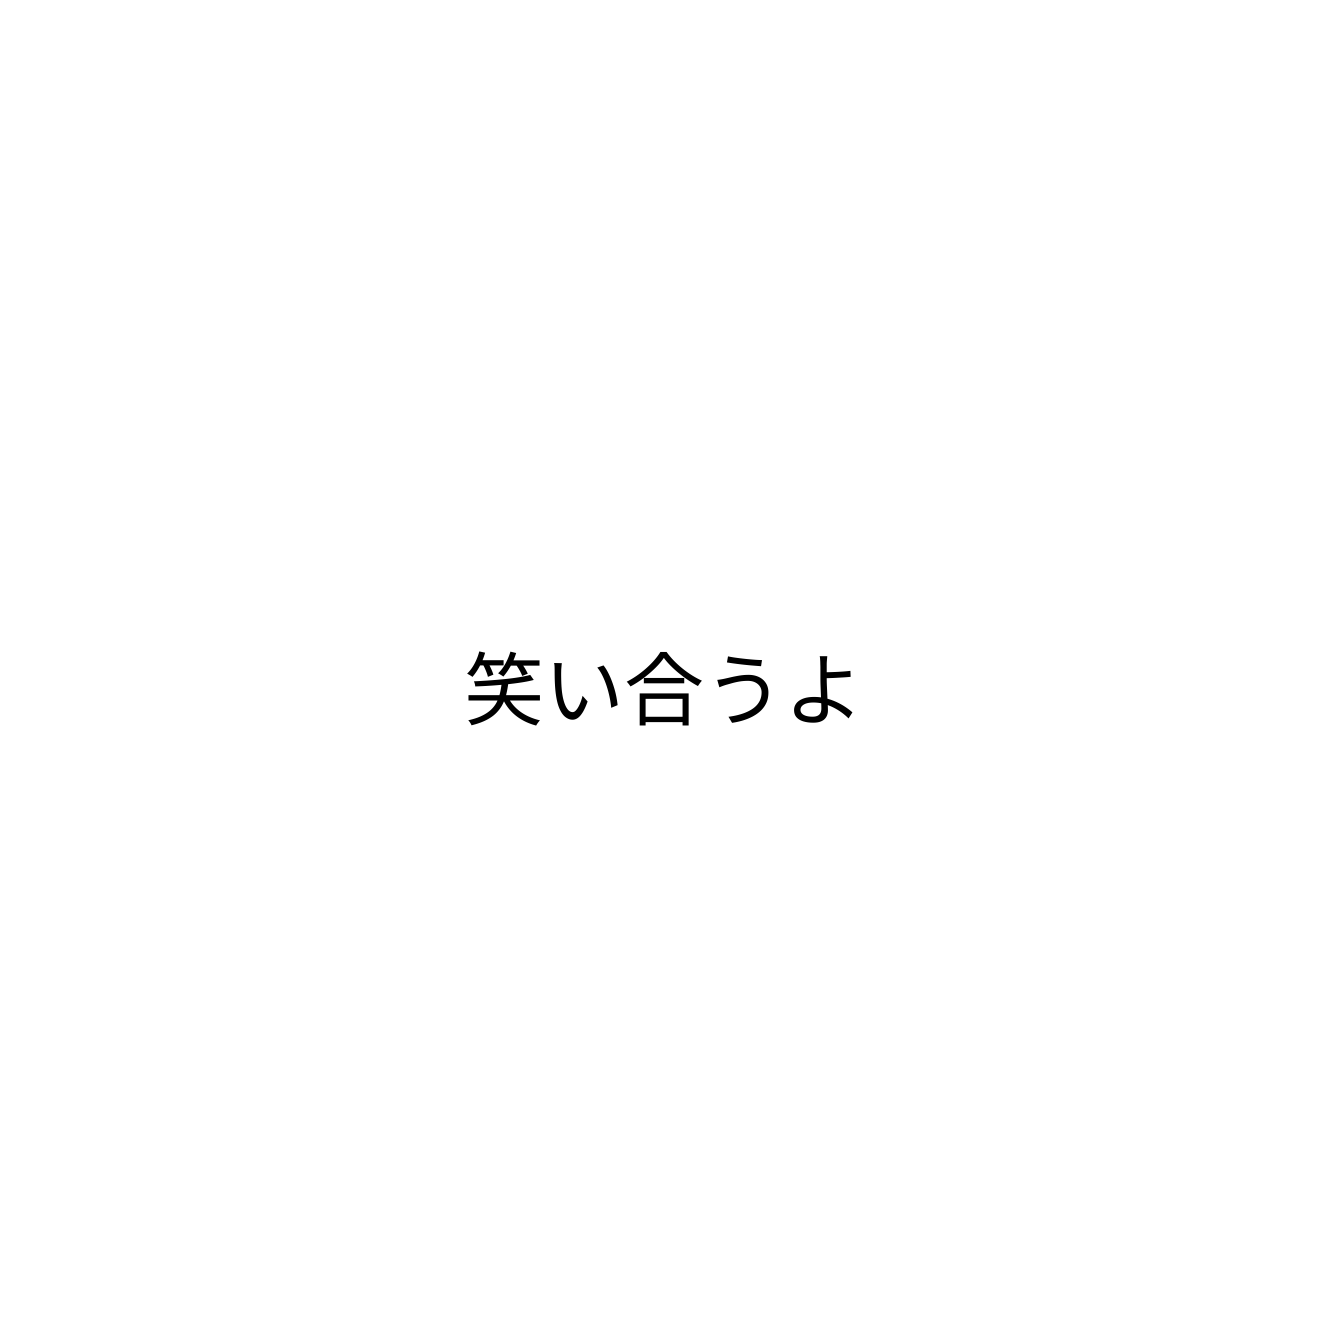
笑い合うよ